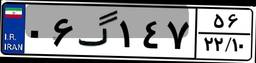
۰۶گ۱۴۷۵۶